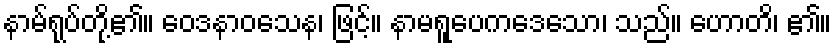
နာမ်ရုပ်တို့၏။ ဝေဒနာဝသေန၊ ဖြင့်။ နာမရူပေကဒေသော၊ သည်။ ဟောတိ၊ ၏။